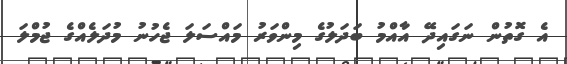
އެ ގޮތުން ނަގައިދޭ އާއްމު ބަދަލުގެ މިންވަރު މައްސަލަ ޖެހުނު މުދަލެއްގެ ޖުމްލަ